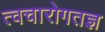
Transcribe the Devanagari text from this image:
त्वचारोगतज्ञ